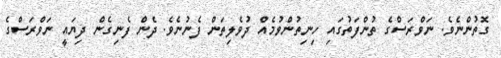
ގޮތުންނެވެ. ނަވްރަސްގެ ތުންފަތުގައި ހިނިތުންވުމެއް ދުވެލިތަން ފެނުނެވެ. ދެން ފެނިގެން ދިޔައީ ނަވްރަސްގެ